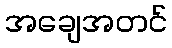
အချေအတင်